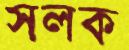
সলক